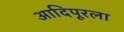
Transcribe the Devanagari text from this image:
आदिपूरला